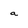
Character: a